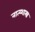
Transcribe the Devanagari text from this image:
नात्य्शास्त्र